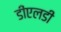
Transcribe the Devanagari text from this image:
डीएलडी